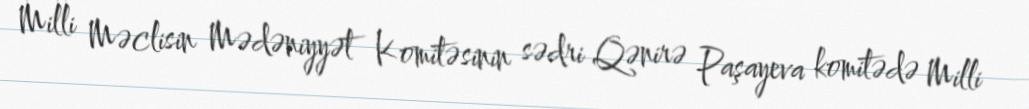
Milli Məclisin Mədəniyyət Komitəsinin sədri Qənirə Paşayeva komitədə Milli